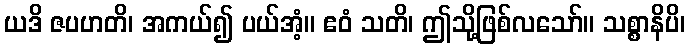
ယဒိ ဇပဟတိ၊ အကယ်၍ ပယ်အံ့။ ဧဝံ သတိ၊ ဤသို့ဖြစ်လသော်။ သစ္စာနိပိ၊